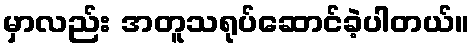
မှာလည်း အတူသရုပ်ဆောင်ခဲ့ပါတယ်။